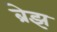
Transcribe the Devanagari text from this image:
ब्रेझ